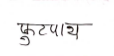
मजकूर: फुटपाथ